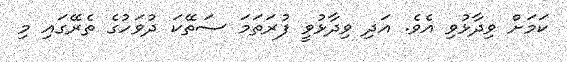
ކަމަށް ވިދާޅުވި އެވެ. އަދި ވިދާޅުވީ ފުރަތަމަ ސަތޭކަ ދުވަހުގެ ތެރޭގައި މި